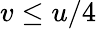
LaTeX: v\leq u/4